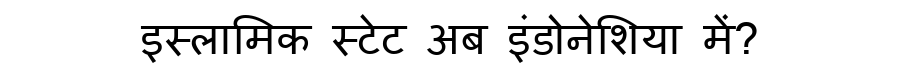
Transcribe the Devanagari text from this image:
इस्लामिक स्टेट अब इंडोनेशिया में?